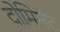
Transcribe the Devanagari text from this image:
दोमिनंट